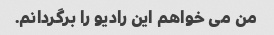
من می خواهم این رادیو را برگردانم.